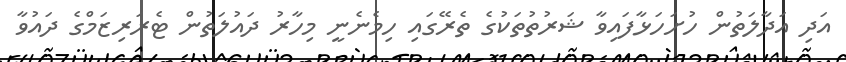
އަދި އަދާލަތުން ހުށަހަޅާފައިވާ ޝަރުތުތަކުގެ ތެރޭގައި ހިމެނެނީ މިހާރު ދައުލަތުން ޓެރަރިޒަމްގެ ދައުވާ